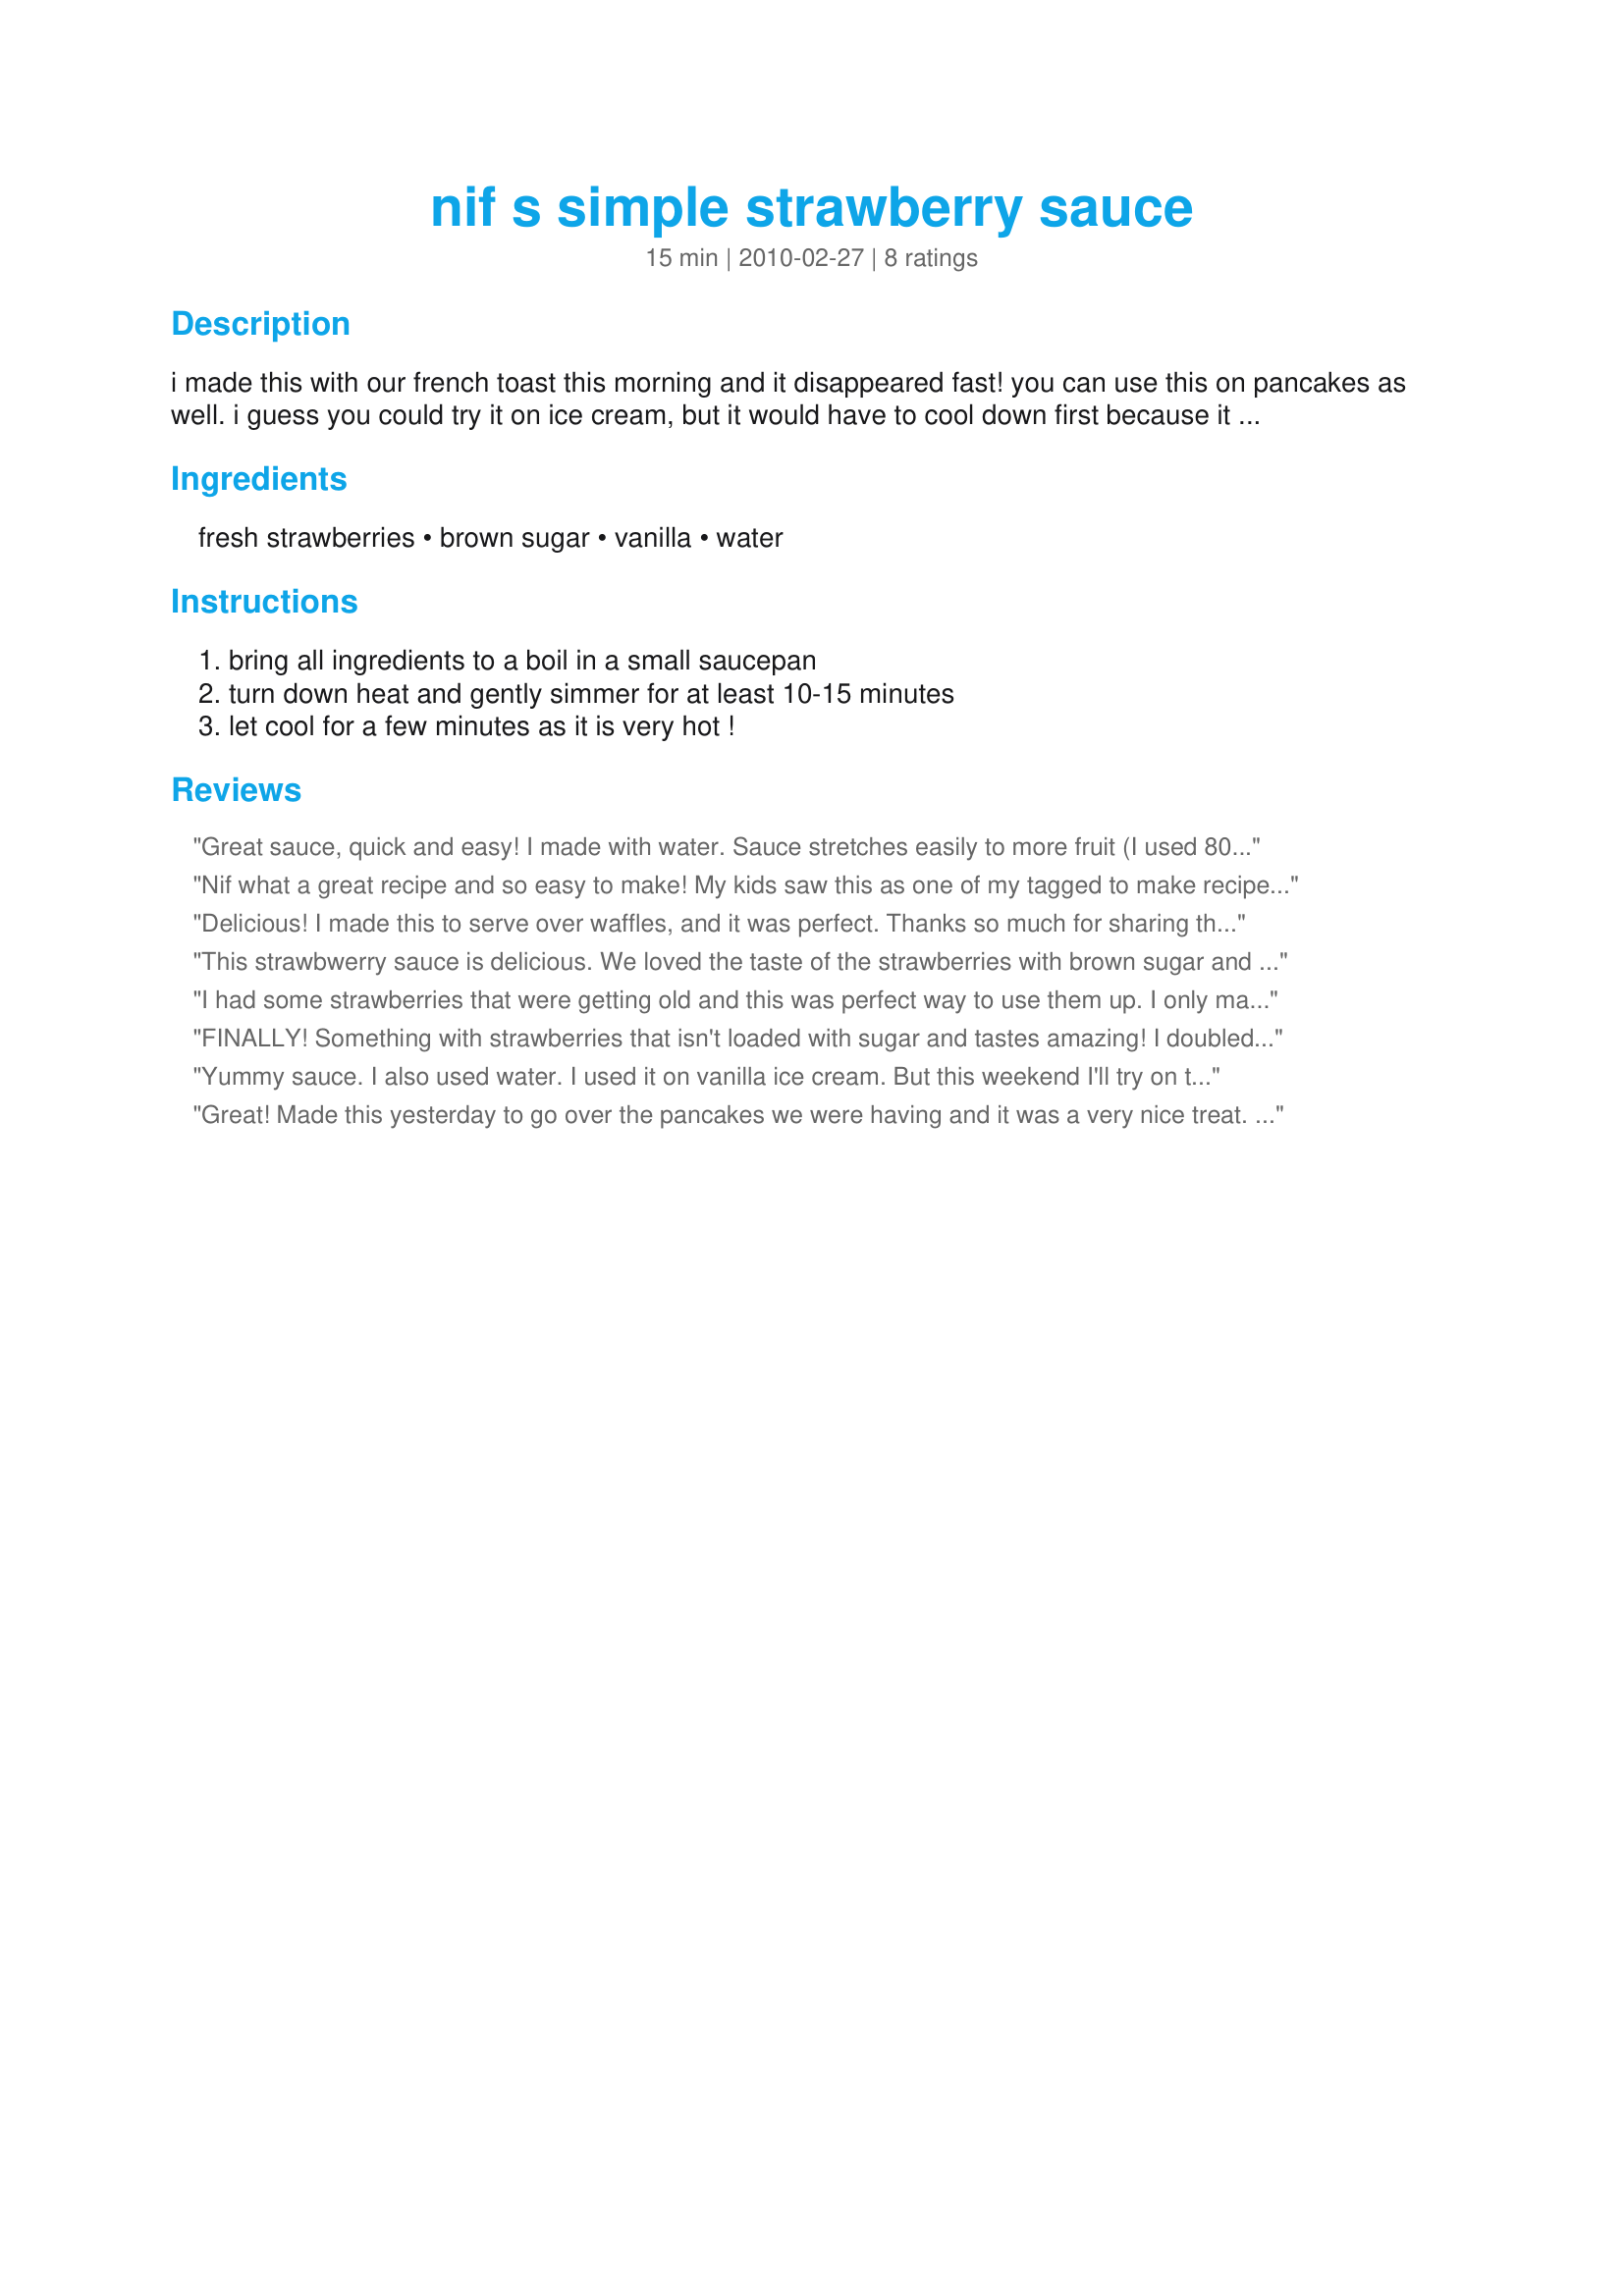
nif s simple strawberry sauce
Preparation time: 15 minutes

i made this with our french toast this morning and it disappeared fast! you can use this on pancakes as well. i guess you could try it on ice cream, but it would have to cool down first because it is quite hot. enjoy!

Ingredients:
fresh strawberries, brown sugar, vanilla, water

Steps:
bring all ingredients to a boil in a small saucepan, turn down heat and gently simmer for at least 10-15 minutes, let cool for a few minutes as it is very hot !

Reviews:
Great sauce, quick and easy! I made with water. Sauce stretches easily to more fruit (I used 800g chopped fresh strawberries, then mashed coarsely in the pot when cooked). If your strawberries are in season and super sweet you could reduce the sugar again.
Nif what a great recipe and so easy to make! My kids saw this as one of my tagged to make recipes and made it as a topping to the pancakes they made me for Mom's Day. I could see this being a terrific topping for pound or angel food cake too this summer and I plan on using it! Made for your win in Tag Tic Tac Toe.
Delicious! I made this to serve over waffles, and it was perfect. Thanks so much for sharing this yummy recipe. I was lucky strawberries were in season!
This strawbwerry sauce is delicious. We loved the taste of the strawberries with brown sugar and vanilla over pancakes, as the other reviews suggested. Thanks for posting this good recipe, Nif. I tagged this recipe for THINK PINK RECIPE TAG EVENT - October 2011.
I had some strawberries that were getting old and this was perfect way to use them up. I only made 1/2 of the recipe and then served them over pancakes. They were delicious and made for a great fruity breakfast treat. Made for Went to the Market Tag Game.
FINALLY! Something with strawberries that isn't loaded with sugar and tastes amazing! I doubled the recipe and added a tiny bit of lemon juice. I couldn't be happier! Thank you SO much!
Yummy sauce. I also used water. I used it on vanilla ice cream. But this weekend I'll try on top of pancakes or waffles. Thanks Nif :) Made for the Zwizzle Chicks of ZWT
Great! Made this yesterday to go over the pancakes we were having and it was a very nice treat. It made plenty for the 4 of us. I did use water but will try again with the apple juice. Thanks for giving me another way to mix things up in the kitchen. Made and reviewed from my teamie Nif's recipes as a German selection for ZWT 6 for the No-Nonsense Nibblers!!!
